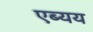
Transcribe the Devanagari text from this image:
एब्यय